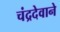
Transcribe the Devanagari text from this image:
चंद्रदेवाने